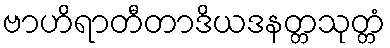
ဗာဟိရာတီတာဒိယဒနတ္တသုတ္တံ